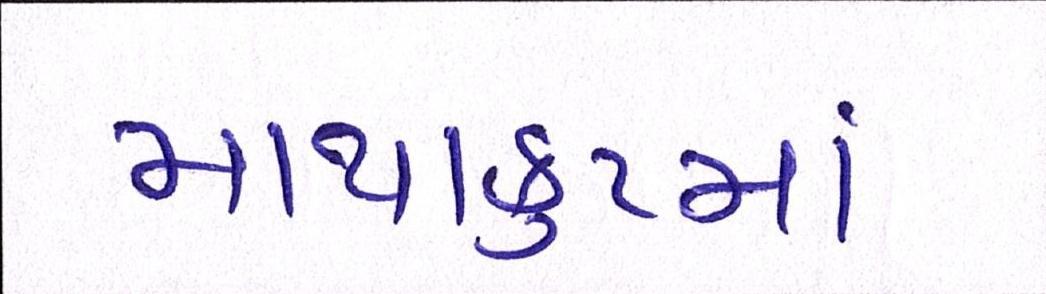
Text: માથાકુટમાં